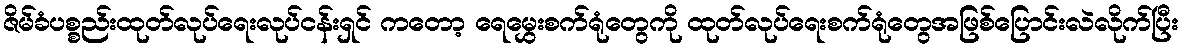
ဇိမ်ခံပစ္စည်းထုတ်လုပ်ရေးလုပ်ငန်းရှင် ကတော့ ရေမွှေးစက်ရုံတွေကို ထုတ်လုပ်ရေးစက်ရုံတွေအဖြစ်ပြောင်းလဲလိုက်ပြီး